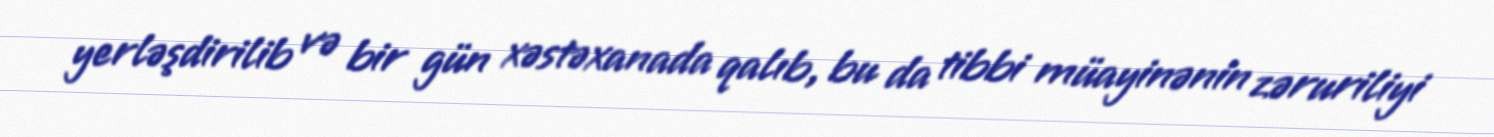
yerləşdirilib və bir gün xəstəxanada qalıb, bu da tibbi müayinənin zəruriliyi